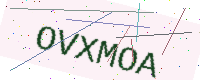
Text: OVXMOA